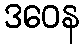
ဒဝေန